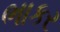
ભાકર